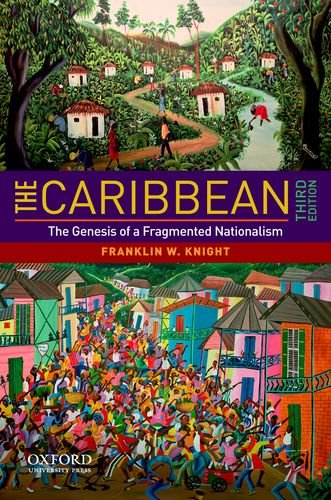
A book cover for The Caribbean: The Genesis of a Fragmented Nationalism (Latin American Histories); Franklin W. Knight; History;